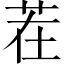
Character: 茬